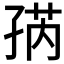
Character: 𱙽